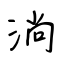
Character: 淌